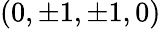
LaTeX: (0,\pm 1,\pm 1,0)